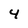
Character: 4